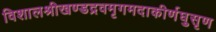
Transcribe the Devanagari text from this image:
विशालश्रीखण्डद्रवमृगमदाकीर्णघुसृण